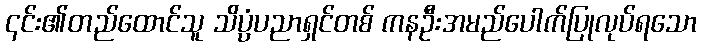
၎င်း၏တည်ထောင်သူ သိပ္ပံပညာရှင်တစ် ကနဦးအမည်ပေါက်ပြုလုပ်ရသော